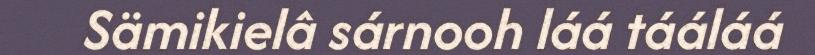
Sämikielâ sárnooh láá tááláá